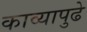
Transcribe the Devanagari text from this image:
काव्यापुढे